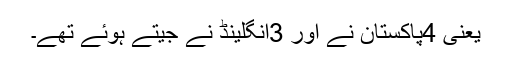
یعنی 4پاکستان نے اور 3انگلینڈ نے جیتے ہوئے تھے۔